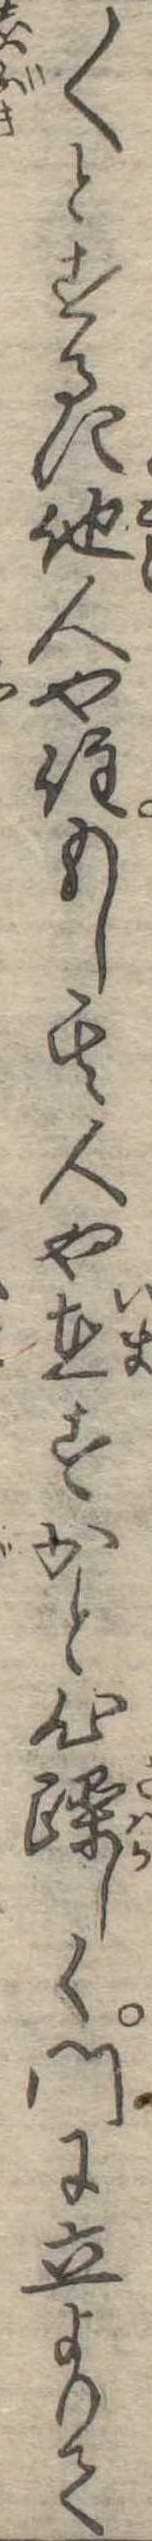
〱とするに他人や住もし其人や在すかと心躁しく門に立よりて